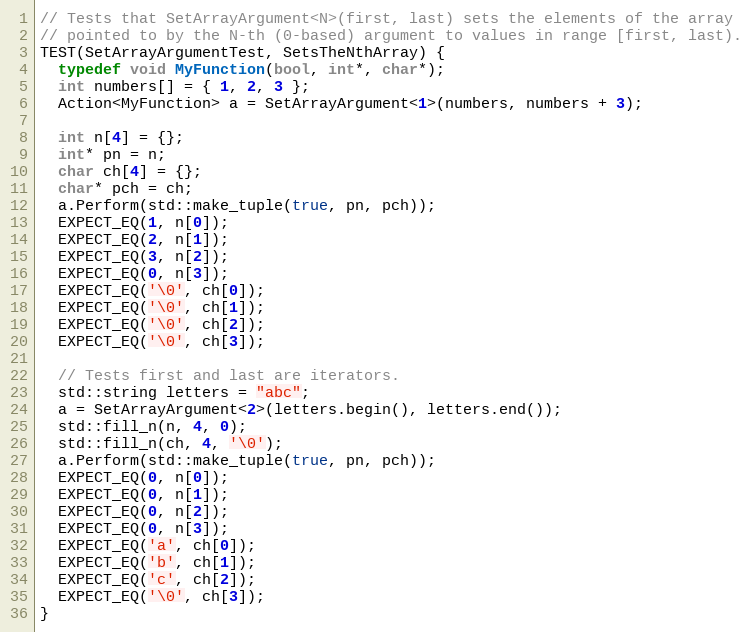
Language: C++
// Tests that SetArrayArgument<N>(first, last) sets the elements of the array
// pointed to by the N-th (0-based) argument to values in range [first, last).
TEST(SetArrayArgumentTest, SetsTheNthArray) {
  typedef void MyFunction(bool, int*, char*);
  int numbers[] = { 1, 2, 3 };
  Action<MyFunction> a = SetArrayArgument<1>(numbers, numbers + 3);

  int n[4] = {};
  int* pn = n;
  char ch[4] = {};
  char* pch = ch;
  a.Perform(std::make_tuple(true, pn, pch));
  EXPECT_EQ(1, n[0]);
  EXPECT_EQ(2, n[1]);
  EXPECT_EQ(3, n[2]);
  EXPECT_EQ(0, n[3]);
  EXPECT_EQ('\0', ch[0]);
  EXPECT_EQ('\0', ch[1]);
  EXPECT_EQ('\0', ch[2]);
  EXPECT_EQ('\0', ch[3]);

  // Tests first and last are iterators.
  std::string letters = "abc";
  a = SetArrayArgument<2>(letters.begin(), letters.end());
  std::fill_n(n, 4, 0);
  std::fill_n(ch, 4, '\0');
  a.Perform(std::make_tuple(true, pn, pch));
  EXPECT_EQ(0, n[0]);
  EXPECT_EQ(0, n[1]);
  EXPECT_EQ(0, n[2]);
  EXPECT_EQ(0, n[3]);
  EXPECT_EQ('a', ch[0]);
  EXPECT_EQ('b', ch[1]);
  EXPECT_EQ('c', ch[2]);
  EXPECT_EQ('\0', ch[3]);
}